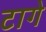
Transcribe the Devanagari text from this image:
टागे